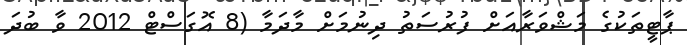
ޕާޓީތަކުގެ މަޝްވަރާއަށް ފުރުސަތު ދިނުމަށް މާދަމާ (8 އޮގަސްޓް 2012 ވާ ބުދަ